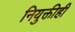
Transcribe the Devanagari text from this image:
नियुक्तीही